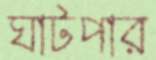
ঘাটপার